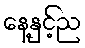
နေ့နှင့်ည